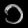
Digit: ၁